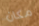
مكان